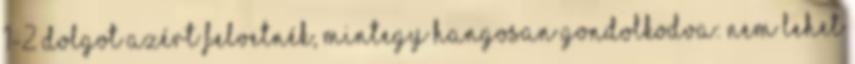
1-2 dolgot azért felvetnék, mintegy hangosan gondolkodva: Nem lehet